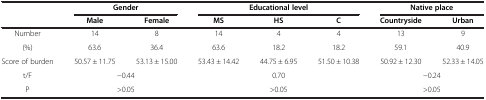
| <ROWSPAN=2>  | <COLSPAN=2> Gender | <COLSPAN=3> Educational level | <COLSPAN=2> Native place |
 | Male | Female | MS | HS | C | Countryside | Urban |
 | --- | --- | --- | --- | --- | --- | --- | --- |
 | Number | 14 | 8 | 14 | 4 | 4 | 13 | 9 |
 | (%) | 63.6 | 36.4 | 63.6 | 18.2 | 18.2 | 59.1 | 40.9 |
 | Score of burden | 50.57 ± 11.75 | 53.13 ± 15.00 | 53.43 ± 14.42 | 44.75 ± 6.95 | 51.50 ± 10.38 | 50.92 ± 12.30 | 52.33 ± 14.05 |
 | t/F | <COLSPAN=2> -0.44 | <COLSPAN=3> 0.70 | <COLSPAN=2> -0.24 |
 | P | <COLSPAN=2> >0.05 | <COLSPAN=3> >0.05 | <COLSPAN=2> >0.05 |